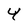
Character: 4